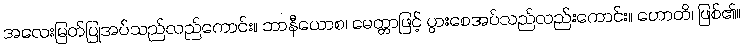
အလေးမြတ်ပြုအပ်သည်လည်ကောင်း။ ဘာနီယောစ၊ မေတ္တာဖြင့် ပွားစေအပ်သည်လည်းကောင်း။ ဟောတိ၊ ဖြစ်၏။